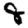
Digit: 8